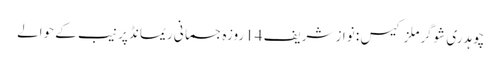
چوہدری شوگرملز کیس : نواز شریف 14روزہ جسمانی ریمانڈ پر نیب کے حوالے